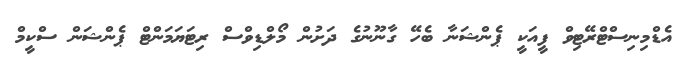
އެޑްމިނިސްޓްރޭޓިވް ފީއަކީ ޕެންޝަނާ ބެހޭ ގާނޫނުގެ ދަށުން މޯލްޑިވްސް ރިޓަޔަމަންޓް ޕެންޝަން ސްކީމް